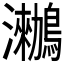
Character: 𪆵